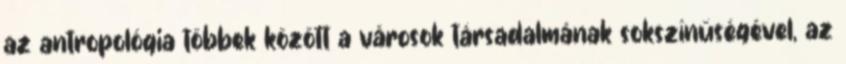
az antropológia többek között a városok társadalmának sokszínűségével, az